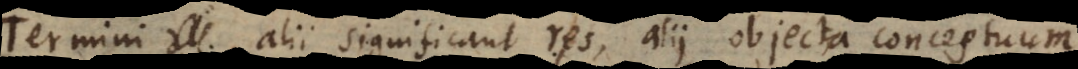
Termini alii significant res, alii objecta conceptuum